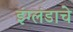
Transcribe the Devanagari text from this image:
इंग्लंडाचे